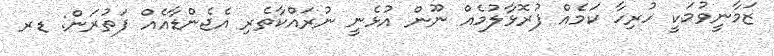
ޒަމާނީވުމަކީ ހުރިހާ ކަމެއް ފުރޮޅާލުމެއް ނޫން އުޅެނީ ނުރައްކާތެރި އެޖެންޑާއެއް ފަތުރަން: ޑރ